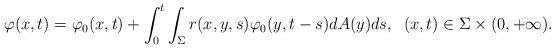
\begin{align*}\varphi (x,t)=\varphi _0(x,t)+\int_0^t\int_\Sigma r(x,y,s)\varphi _0(y,t-s)dA(y)ds,\;\; (x,t)\in \Sigma \times (0,+\infty ).\end{align*}